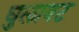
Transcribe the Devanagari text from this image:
घुलावट